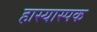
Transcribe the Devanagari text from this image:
हास्यास्पक